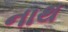
નાથ